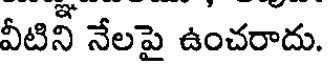
వీటిని నేలపై ఉంచరాదు.